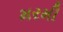
મરમી